Vaccination in Burma 1900-1911 - 1900-1911
Year: 1900
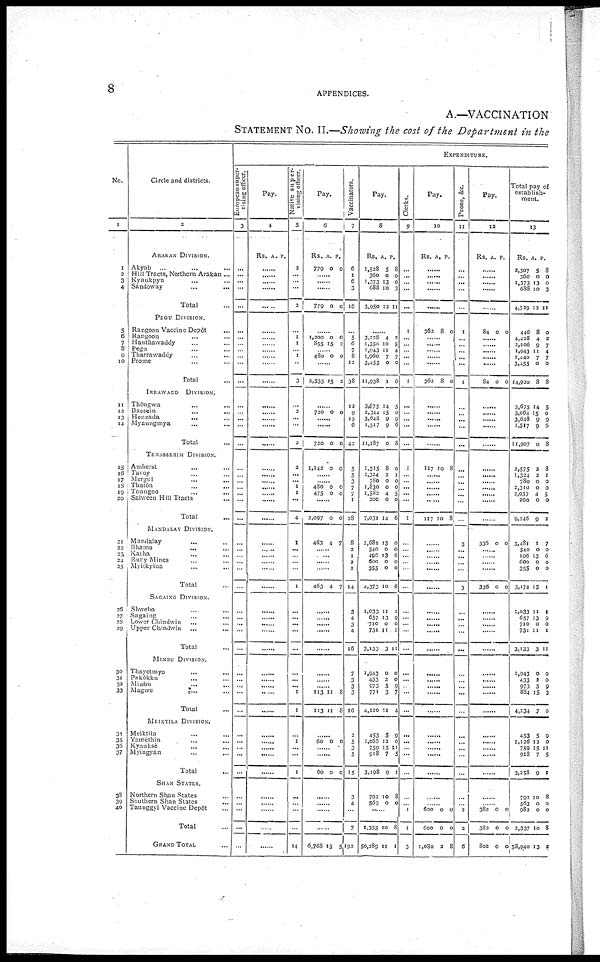
8
APPENDICES.
A.—VACCINATION
STATEMENT NO. II.—Showing the cost of the Department in the
No.
1
1
2
3
4
5
6
7
8
9
10
11
12
13
14
15
16
17
18
19
20
21
22
23
24
25
26
27
28
29
30
31
32
33
34
35
36
37
38
39
40
Circle and districts.
2
ARAKAN DIVISION.
Akyab ... ... ...
Hill Tracts, Northern Arakan ...
Kyankpyu ... ... ...
Sandoway
...
...
Total ...
PEGU DIVISION.
Rangoon Vaccine Depôt ...
Rangoon ... ...
Hanthawaddy ... ...
Pegu ... ...
Tharrawaddy
...
...
Prome ... ...
Total ...
IRRAWADD
DIVISION.
Thôngwa ... ...
Bassein ... ...
Henzada
...
...
Myaungmya ... ...
Total ...
TENASSERIM DIVISION.
Amherst
...
...
Tavoy ... ...
Mergui
...
...
Thatôn ... ...
Toungoo ... ...
Salween Hill Tracts ...
Total ...
MANDALAY DIVISION.
Mandalay ... ...
Bhamo
...
...
Katha ... ...
Rury Mines ... ...
Myitkyina
...
...
Total ...
SAGAING DIVISION.
Shwebo ... ...
Sagaing ... ...
Lower Chindwin ... ...
Upper Chindwin ... ...
Total ...
MINBU DIVISION.
Thayetmyo ... ...
Pakôkku ... ...
Minbu ... ...
Magwe
...
...
Total ...
MEIKTILA DIVISION.
Meiktila ... ...
Yamèthin ... ...
Kyauksè ... ...
Myingyan
...
...
Total ...
SHAN STATES.
Northern Shan States ...
Southern Shan States ...
Taunggyi Vaccine Depôt ...
Total ...
GRAND TOTAL ...
EXPENDITURE.
European super-
vising officer.
3
...
...
...
...
...
...
...
...
...
...
...
...
...
...
...
...
...
...
...
...
...
...
...
...
...
...
... ...
...
...
...
...
...
...
...
...
...
...
...
...
...
...
...
...
...
...
...
...
...
...
Pay.
4
Rs. A. P.
......
......
......
......
......
......
......
......
......
......
......
......
......
......
......
......
......
......
......
......
......
......
......
......
......
......
......
......
......
......
......
......
......
......
......
......
......
......
......
......
......
......
......
......
......
......
......
......
......
......
Native super-
vising officer.
5
2
...
...
...
2
...
1
1
...
1
...
3
...
2
...
...
2
2
...
... 1
1
...
4
1
...
...
...
...
1
...
...
...
...
...
...
...
... 1
1
...
1
...
...
1
...
...
...
...
14
Pay.
6
Rs.
779
A.
0
P.
0
......
......
......
779 0 0
......
1,200
855
0
15
0
2
......
480 0 0
......
2,535 15 2
......
720 0 0
......
......
720 0 0
......
1,142 0 0
......
......
480
475
0
0
0
0
......
2,097 0 0
463 4 7
......
......
......
......
463 4 7
......
......
......
......
......
......
......
......
113
113
11
11
8
8
......
60
0 0
......
......
60 0 0
......
......
......
......
6,768 15 5
Vaccinators.
7
6
1
6
3
16
...
5
6
7
8
12
38
12
9
15
6
42
5
5
3
7
7 1
28
8
2
...
2
1
14
5
...
...
4
16
7
3
3
3
16
2
5
3
5
15
3
4
...
7
192
Pay.
8
Rs.
1,538
360
1,373
688
3,950
A.
5
0
13
10
12
P.
8
0
0
3
11
......
3,228
1,350
1,943
1,960
3,455
11,938
4
10
11
7
0
1
2
5
4
7
0
6
3,675
2,344
3,648
1,517
11,187
14
15
9
9
0
5
0
9
6
8
1,315
1,324
780
1,830
1,582
200
7,031
8
2
0
0
4
0
14
0
1
0
0
5
0
6
2,681
540
196
600
355
4,373
13
0
13 0
0
10
0
0
6 0
0
6
1,033
657
710
731
3,133
11
13
0
11
3
1
9
0 1
11
1,943
433
973
771
4,120
0
2
5
3
11
0
0
9
7
4
453
1,065
759
918
3,198
5
12
15
7
9
9
0
11
5
1
792
563
10
0
8
0
......
1,355
50,289
10
11
8
1
Clerks.
9
...
...
...
...
...
1
...
...
...
...
...
1
...
...
...
...
...
1
...
...
...
...
...
1
...
...
...
...
...
...
...
...
...
...
...
...
...
...
...
...
...
...
...
...
...
...
... 1
1
3
Pay.
10
Rs. A.
P.
......
......
......
......
......
362 8 0
......
......
......
......
......
362
8 0
......
......
......
......
......
117 10 8
......
......
......
......
......
117 10 8
......
......
......
......
......
......
......
......
......
......
......
......
......
......
......
......
......
......
......
......
......
......
......
600
600
1,080
0
0
2
0
0
8
Peons, &c.
11
...
...
...
...
...
1
...
...
...
...
...
1
...
...
...
...
...
...
...
...
...
...
...
...
3
...
...
...
...
3
...
...
...
...
...
...
...
...
...
...
...
...
...
...
...
...
...
2
2
6
Pay.
12
Rs.
A.
P.
......
......
......
......
......
84 0 0
......
......
......
......
......
84 0 0
......
......
......
......
......
......
......
......
......
......
......
......
336 0 0
......
......
......
......
336 0 0
......
......
......
......
......
......
......
......
......
......
......
......
......
......
......
......
......
382
382
802
0
0
0
0
0
0
Total pay of
establish-
ment.
13
Rs.
2,307
360
1,373
688
4,739
A.
5
0
13
10
13
P.
8
0
0
3
11
446
4,428
2,206
1,943
2,440
3,455
14,920
8
4
9
11
7
0
8
0
2
7
4
7
0
8
3,675
3,064
3,648
1,517
11,907
14
15
9
9
0
5
0
9
6
8
2,575
1,324
780
2,310
2,057
200
9,246
2
2
0
0
4
0
9
8
1
0
0
5
0
2
3,481
540
196
600
355
5,173
1
0
13 0
0
15
7
0
6
0
0
1
1,033
657
710
731
3,133
11
13
0
11
3
1
9
0
1
11
1,943
433
973
884
4,234
0
2
5
15
7
0
0
9
3
0
453
1,126
759
918
3,258
5
12
15
7
9
9
0
11
5
1
792
563
982
2,337
58,940
10
0
0
10
13
8
0
0
8
2